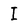
Character: I